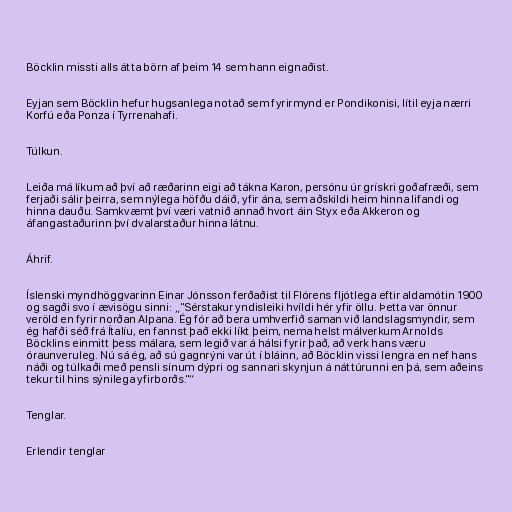
Böcklin missti alls átta börn af þeim 14 sem hann eignaðist.

Eyjan sem Böcklin hefur hugsanlega notað sem fyrirmynd er Pondikonisi, lítil eyja nærri
Korfú eða Ponza í Tyrrenahafi.

Túlkun.

Leiða má líkum að því að ræðarinn eigi að tákna Karon, persónu úr grískri goðafræði, sem
ferjaði sálir þeirra, sem nýlega höfðu dáið, yfir ána, sem aðskildi heim hinna lifandi og
hinna dauðu. Samkvæmt því væri vatnið annað hvort áin Styx eða Akkeron og
áfangastaðurinn því dvalarstaður hinna látnu.

Áhrif.

Íslenski myndhöggvarinn Einar Jónsson ferðaðist til Flórens fljótlega eftir aldamótin 1900
og sagði svo í ævisögu sinni: „"Sérstakur yndisleiki hvíldi hér yfir öllu. Þetta var önnur
veröld en fyrir norðan Alpana. Ég fór að bera umhverfið saman við landslagsmyndir, sem
ég hafði séð frá Ítalíu, en fannst það ekki líkt þeim, nema helst málverkum Arnolds
Böcklins einmitt þess málara, sem legið var á hálsi fyrir það, að verk hans væru
óraunveruleg. Nú sá ég, að sú gagnrýni var út í bláinn, að Böcklin vissi lengra en nef hans
náði og túlkaði með pensli sínum dýpri og sannari skynjun á náttúrunni en þá, sem aðeins
tekur til hins sýnilega yfirborðs."“

Tenglar.

Erlendir tenglar